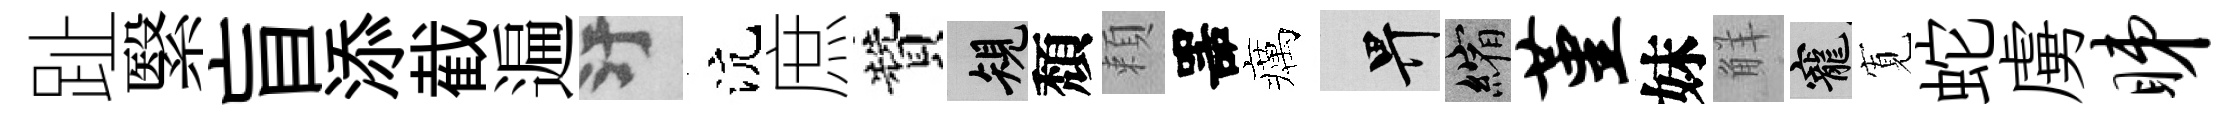
趾繄盲添截遍污沆庶贊規頽頼噐癘畀縮堇妹觧寵𡩖蛇虜睇